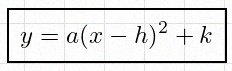
y=a(x-h)^2+k